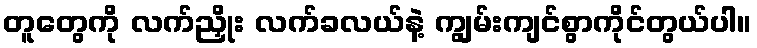
တူတွေကို လက်ညှိုး လက်ခလယ်နဲ့ ကျွမ်းကျင်စွာကိုင်တွယ်ပါ။